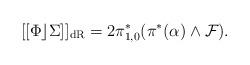
LaTeX: \begin{gather*}[[\Phi\rfloor \Sigma]]_{\rm dR} = 2 \pi_{1,0}^{*} (\pi^{*} (\alpha) \wedge \mathcal{F}) .\end{gather*}